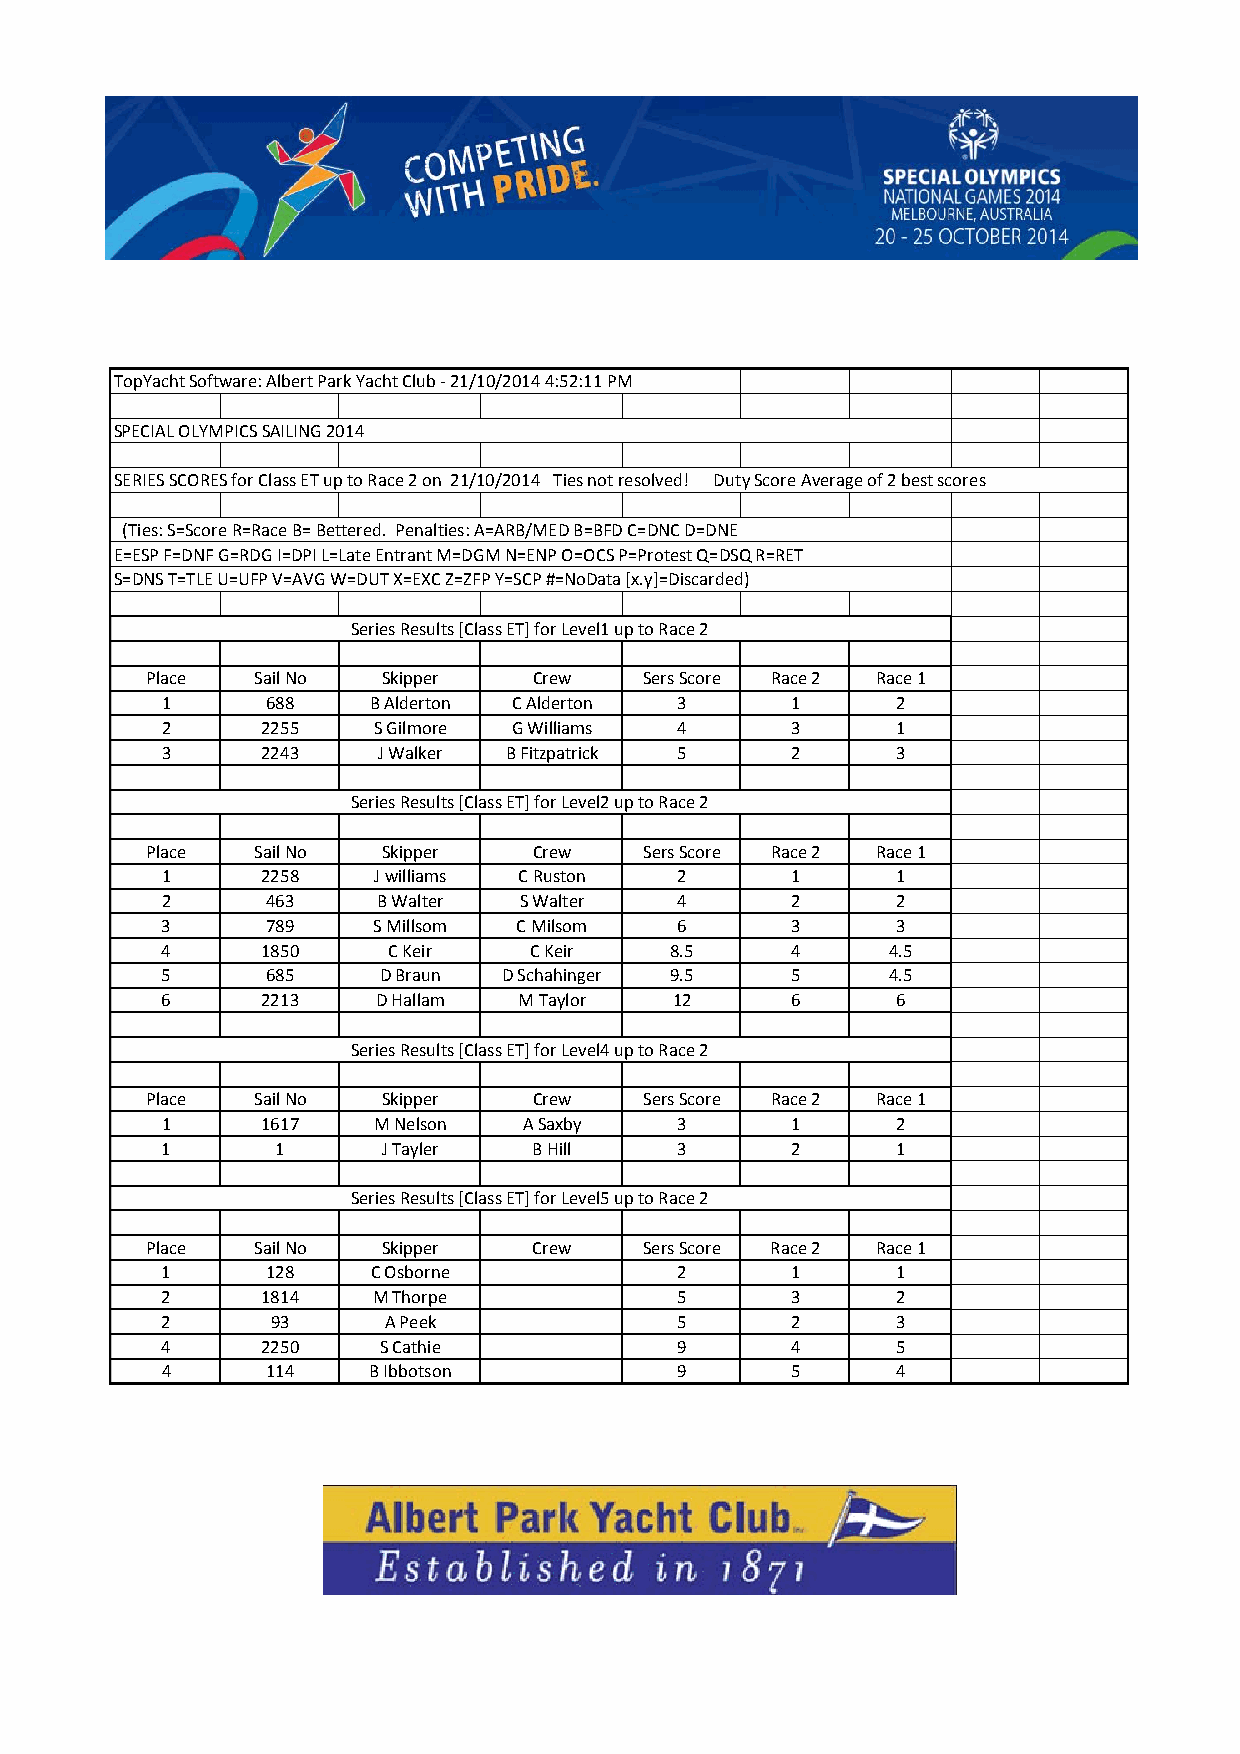
TopYacht Software: Albert Park Yacht Club - 21/10/2014 4:52:11 PM
 SPECIAL OLYMPICS SAILING 2014
 SERIES SCORES for Class ET up to Race 2 on 21/10/2014 Ties not resolved! Duty Score Average of 2 best scores
 (Ties: S=Score R=Race B= Bettered. Penalties: A=ARB/MED B=BFD C=DNC D=DNE
 E=ESP F=DNF G=RDG I=DPI L=Late Entrant M=DGM N=ENP O=OCS P=Protest Q=DSQ R=RET
 S=DNS T=TLE U=UFP V=AVG W=DUT X=EXC Z=ZFP Y=SCP #=NoData [x.y]=Discarded)
 Series Results [Class ET] for Level1 up to Race 2
 Place  Sail No  Skipper   Crew   Sers Score Race 2 Race 1
 1      688    B Alderton C Alderton 3     1      2
 2      2255   S Gilmore G Williams 4      3      1
 3      2243    J Walker B Fitzpatrick 5   2      3
 Series Results [Class ET] for Level2 up to Race 2
 Place  Sail No  Skipper   Crew   Sers Score Race 2 Race 1
 1      2258   J williams C Ruston 2       1      1
 2      463     B Walter S Walter  4       2      2
 3      789    S Millsom C Milsom  6       3      3
 4      1850    C Keir    C Keir   8.5     4      4.5
 5      685     D Braun D Schahinger 9.5   5      4.5
 6      2213    D Hallam M Taylor  12      6      6
 Series Results [Class ET] for Level4 up to Race 2
 Place  Sail No  Skipper   Crew   Sers Score Race 2 Race 1
 1      1617   M Nelson  A Saxby   3       1      2
 1       1      J Tayler  B Hill   3       2      1
 Series Results [Class ET] for Level5 up to Race 2
 Place  Sail No  Skipper   Crew   Sers Score Race 2 Race 1
 1      128    C Osborne           2       1      1
 2      1814   M Thorpe            5       3      2
 2       93     A Peek             5       2      3
 4      2250    S Cathie           9       4      5
 4      114    B Ibbotson          9       5      4